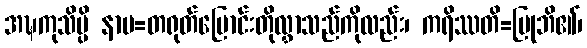
အဍ္ဎကုသိမ္ပိ နာမ=တရုတ်မြောင်းတိုလွှာသည်ကိုလည်း၊ ကရိဿတိ=ပြုဘိ၏၊